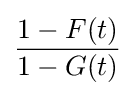
{\frac {1-F(t)}{1-G(t)}}